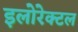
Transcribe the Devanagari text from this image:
इलोरेक्टल